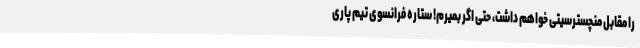
را مقابل منچسترسیتی خواهم داشت، حتی اگر بمیرم! ستاره فرانسوی تیم پاری